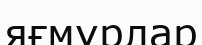
яғмурлар